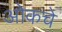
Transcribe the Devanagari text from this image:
ओकचे